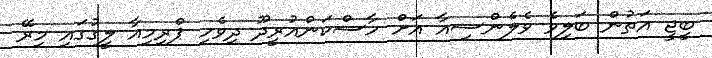
ބީޖީ އަތުން ބަލިވެ ވެލެންސިއާ އަށް ހާސްކަންއުރީދޫ ދިވެހި ޕްރިމިއާ ލީގުގައި މިރޭ